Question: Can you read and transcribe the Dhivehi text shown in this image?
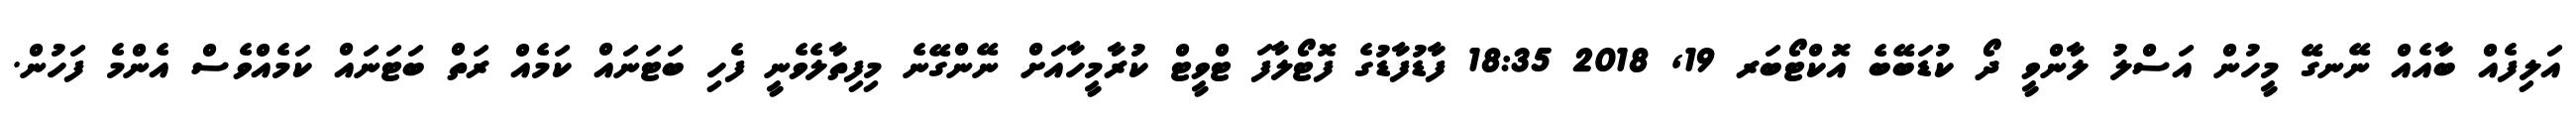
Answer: އަލިފެއް ބާއެއް ނޭނގޭ މީހުން އަސްލު ލާންވީ ދޯ ކުޑަބޭބެ އޮކްޓޯބަރ 19, 2018 18:35 ފާޑުފާޑުގެ ފޮޓޯލާފަ ޓްވީޓް ކުރާމީހާއަށް ނޭންގޭނެ މިފިތާލެވެނީ ފެހި ބަޓަނައް ކަމެއް ރަތް ބަޓަނައް ކަމެއްވެސް އެންމެ ފަހުން.